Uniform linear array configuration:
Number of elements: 8
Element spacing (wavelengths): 0.5
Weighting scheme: binomial
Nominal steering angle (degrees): -30
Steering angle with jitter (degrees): -28.783
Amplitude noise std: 0.05
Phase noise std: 0.05

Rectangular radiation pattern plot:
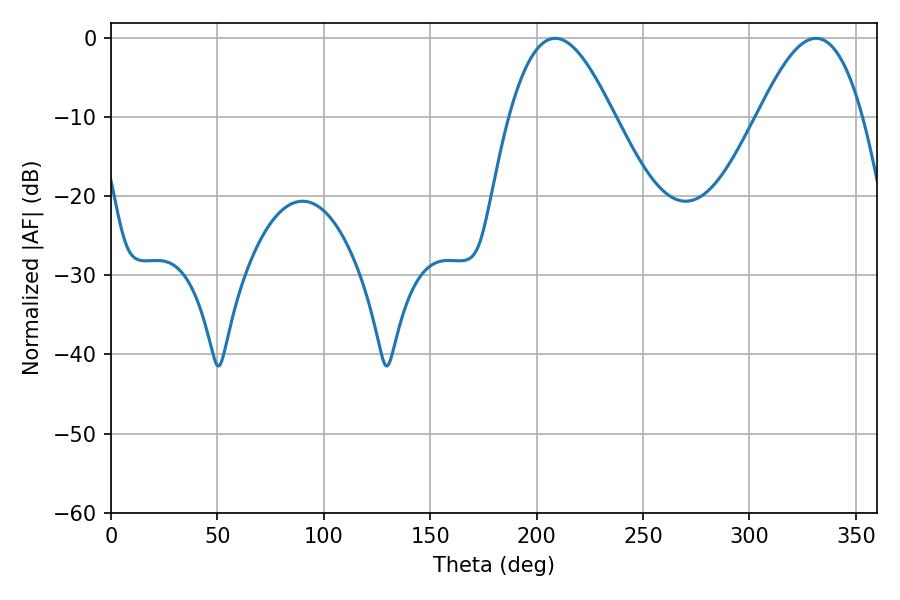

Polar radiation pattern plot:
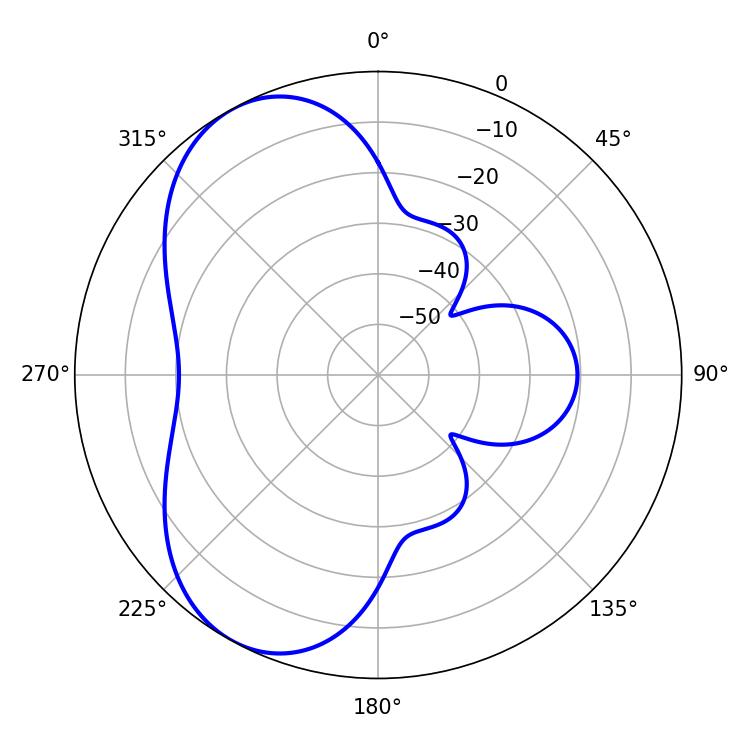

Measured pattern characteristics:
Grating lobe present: FALSE
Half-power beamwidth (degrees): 26.64
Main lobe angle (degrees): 208.8